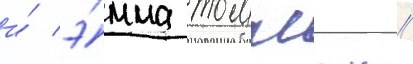
и́ э́мма томпсон //